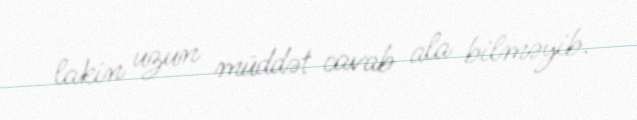
lakin uzun müddət cavab ala bilməyib.